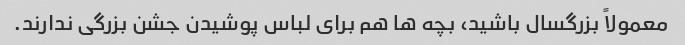
معمولاً بزرگسال باشید، بچه ها هم برای لباس پوشیدن جشن بزرگی ندارند.